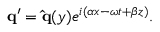
\mathbf { q } ^ { \prime } = \mathbf { \hat { q } } ( y ) e ^ { i ( \alpha x - \omega t + \beta z ) } .